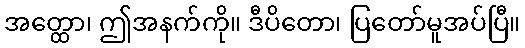
အတ္ထော၊ ဤအနက်ကို။ ဒီပိတော၊ ပြတော်မူအပ်ပြီ။